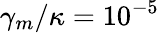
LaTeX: \gamma_{m}/\kappa=10^{-5}